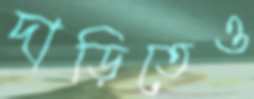
দাড়িতেও